French assistants in Scottish schools and training centres, 1923
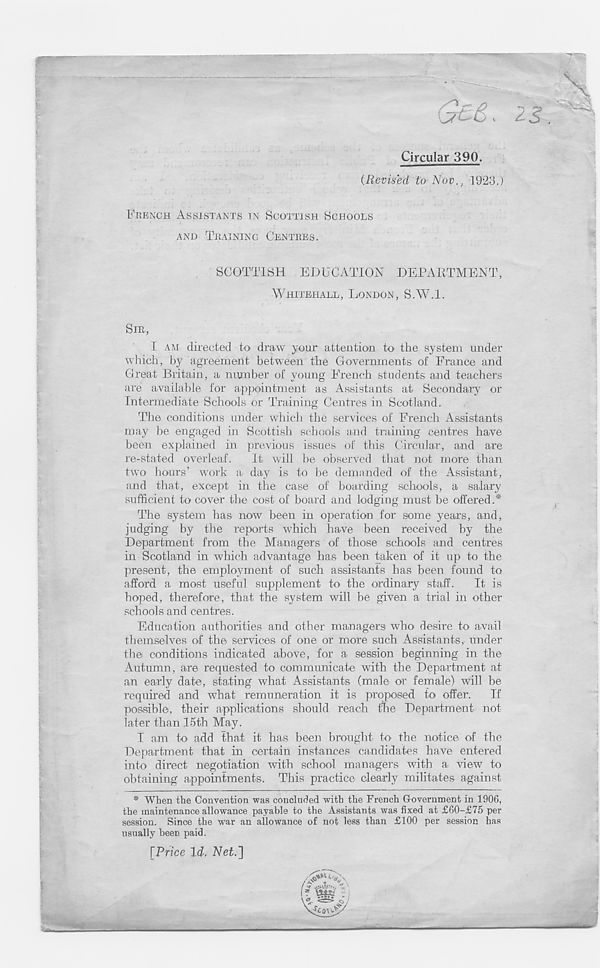
£6>, 2$.
Circular 390.
(Revised to Nov., 1923.)
FRENCH ASSISTANTS IN SCOTTISH SCHOOLS
AND TRAINING CENTRES.
SCOTTISH EDUCATION DEPARTMENT
WHITEHALL, LONDON, S.W.l.
SIR
I AM directed to draw your attention to the system under
which, by agreement between the Governments of France and
Great Britain, a number of young French students and teachers
are available for appointment as Assistants at Secondary or
Intermediate Schools or Training Centres in Scotland.
The conditions under which the services of French Assistants
may be engaged in Scottish schools and training centres have
been explained in previous issues of this Circular, and are
re-stated overleaf.
It will be observed that not more than
two hours’ work a day is to be demanded of the Assistant,
and that, except in the case of boarding schools, a salary
sufficient to cover the cost of board and lodging must be offered.*
The system has now been in operation for some years, and,
judging by the reports which have been received by the
Department from the Managers of those schools and centres
in Scotland in which advantage has been taken of it up to the
present, the employment of such assistants has been found to
afford a most useful supplement to the ordinary staff.
It is
hoped, therefore, that the system will be given a trial in other
schools and centres.
Education authorities and other managers who desire to avail
themselves of the services of one or more such Assistants, under
the conditions indicated above, for a. session beginning in the
Autumn, are requested to communicate with the Department at
an early date, stating what Assistants (male or female) will be
required and what remuneration it is proposed to offer. If
possible, their applications should reach me Department not
later than 15th May.
I am to add that it has been brought to the notice of the
Department that in certain instances candidates have entered
into direct negotiation with school managers with a view to
obtaining appointments. This practice clearly militates against
* When the Convention was concluded with the French Government in 1906,
the maintenance allowance payable to the Assistants was fixed at £60-£75 per
session. Since the w 7 ar an allowance of not less than £100 per session has
usually been paid.
[Price Id. Net.~\
mm